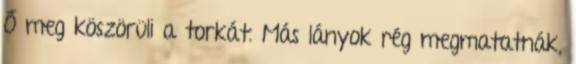
Ő meg köszörüli a torkát. Más lányok rég megmatatnák,